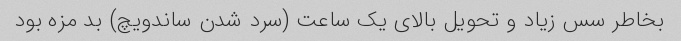
بخاطر سس زیاد و تحویل بالای یک ساعت (سرد شدن ساندویچ) بد مزه بود